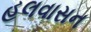
હલવાસન